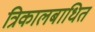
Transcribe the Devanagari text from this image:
त्रिकालबाधित